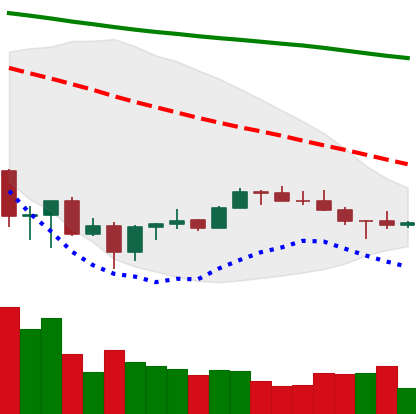
Ticker: BNB-USD
Chart end date: 2022-07-02
Forward return: 10.782%
Label: up_7plus